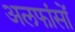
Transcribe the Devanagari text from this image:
अलफांसों